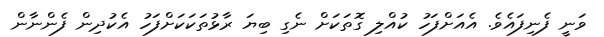
ވަނީ ފެނިފައެވެ. އެއަށްފަހު ކުއްލި ގޮތަކަށް ނެގި ބިޔަ ރާޅުތަކަކަށްފަހު އެކުދިން ފެންނާން